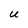
Character: U